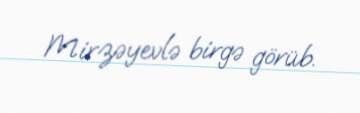
Mirzəyevlə birgə görüb.